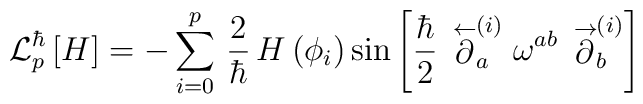
{\cal L}^{\hbar}_p \left[ H \right] =- \sum\limits^p_{i=0} \, \frac{2}{\hbar} \, H\left( \phi_i \right) \sin\left[ \frac{\hbar}{2} \, \stackrel{\leftarrow}{\partial}_a^{(i)}                                                   \omega^{ab}\,\stackrel{\rightarrow}{\partial}_b^{(i)} \right]